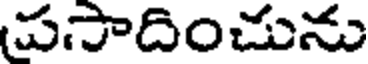
పసాదించును